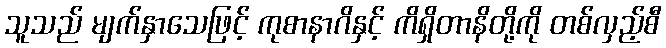
သူသည် မျက်နှာသေဖြင့် ကုစာနာဂိနှင့် ကိရှိတာနိတို့ကို တစ်လှည့်စီ